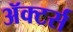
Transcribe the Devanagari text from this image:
ॲक्टर्स